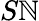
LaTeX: S\mathbb{N}